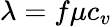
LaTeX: \lambda=f\mu c_{v}